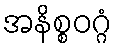
အနိစ္စဝဂ္ဂံ